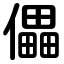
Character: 儡